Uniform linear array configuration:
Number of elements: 8
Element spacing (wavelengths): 0.5
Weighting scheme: kaiser
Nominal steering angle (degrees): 60
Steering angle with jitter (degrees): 60.824
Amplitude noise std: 0.05
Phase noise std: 0.05

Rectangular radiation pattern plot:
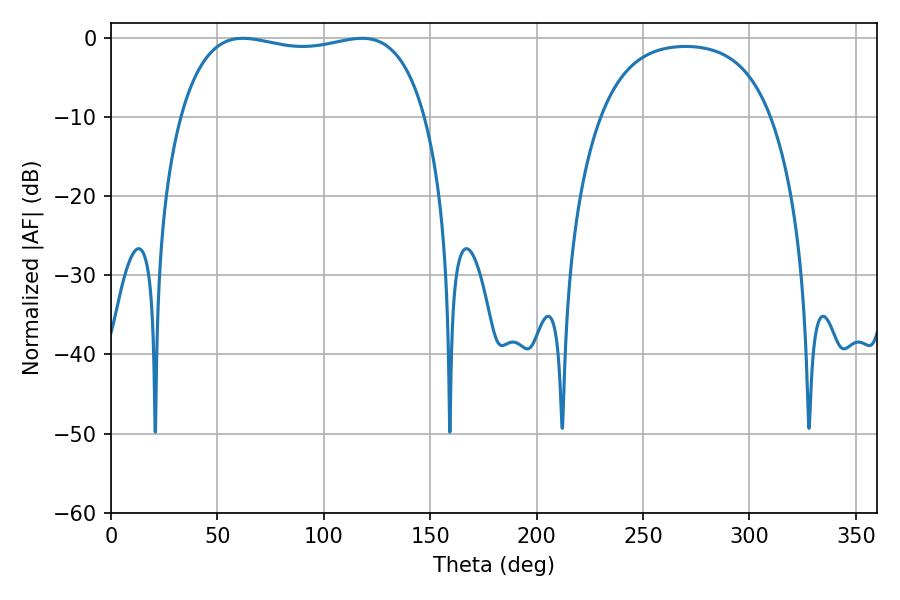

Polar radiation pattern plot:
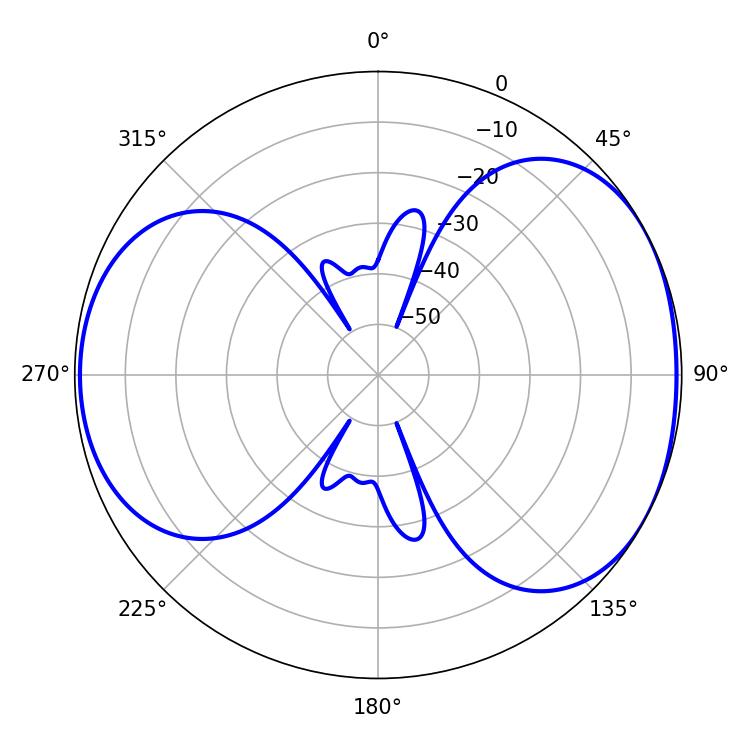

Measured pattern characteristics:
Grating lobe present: FALSE
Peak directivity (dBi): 5.047
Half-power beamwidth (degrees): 92.88
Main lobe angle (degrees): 62.1